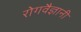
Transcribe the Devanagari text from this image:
रोगवैज्ञानी